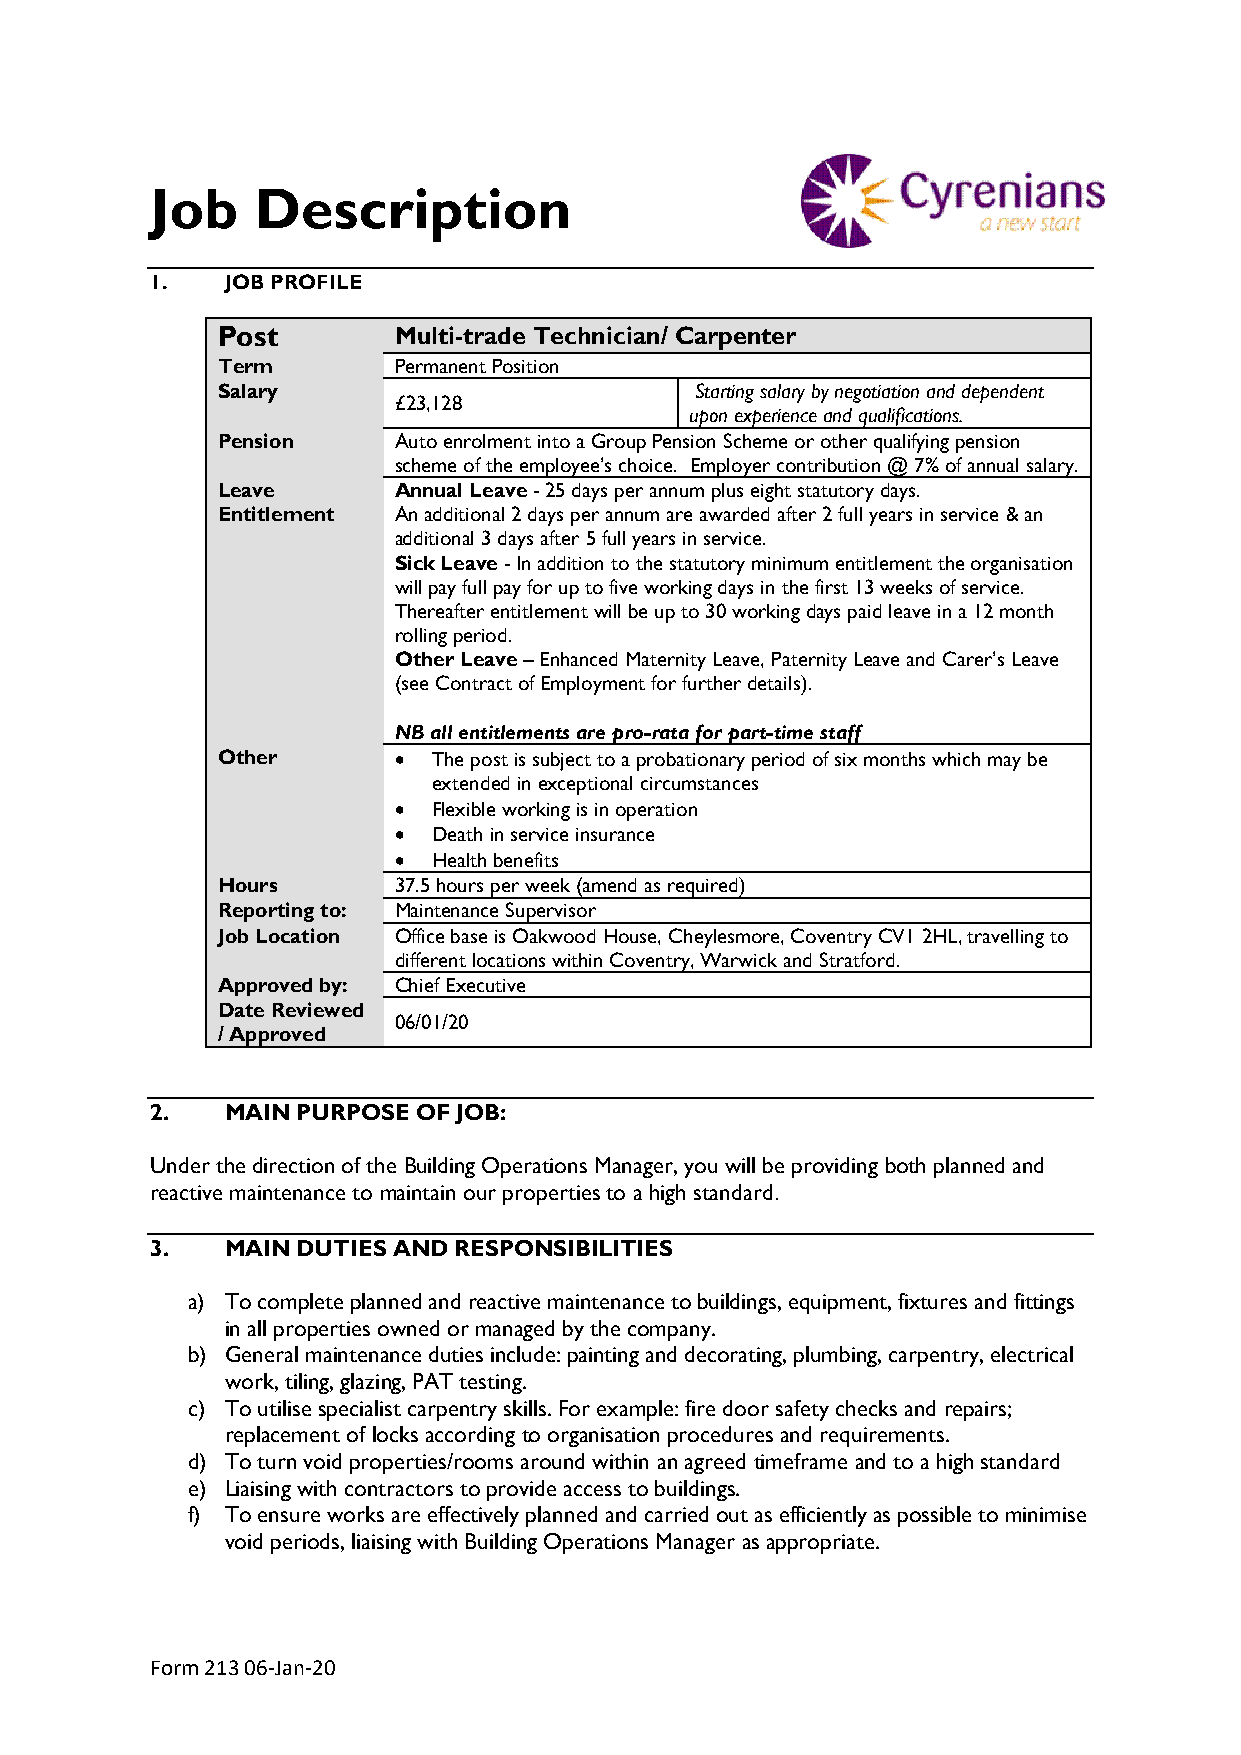
Job    Description
 1.   JOB PROFILE
 Post        Multi-trade Technician/ Carpenter
 Term        Permanent Position
 Salary                          Starting salary by negotiation and dependent
 £23,128
 upon experience and qualifications.
 Pension     Auto enrolment into a Group Pension Scheme or other qualifying pension
 scheme of the employee’s choice. Employer contribution @ 7% of annual salary.
 Leave       Annual Leave - 25 days per annum plus eight statutory days.
 Entitlement An additional 2 days per annum are awarded after 2 full years in service & an
 additional 3 days after 5 full years in service.
 Sick Leave - In addition to the statutory minimum entitlement the organisation
 will pay full pay for up to five working days in the first 13 weeks of service.
 Thereafter entitlement will be up to 30 working days paid leave in a 12 month
 rolling period.
 Other Leave – Enhanced Maternity Leave, Paternity Leave and Carer’s Leave
 (see Contract of Employment for further details).
 NB all entitlements are pro-rata for part-time staff
 Other       •  The post is subject to a probationary period of six months which may be
 extended in exceptional circumstances
 •  Flexible working is in operation
 •  Death in service insurance
 •  Health benefits
 Hours       37.5 hours per week (amend as required)
 Reporting to: Maintenance Supervisor
 Job Location Office base is Oakwood House, Cheylesmore, Coventry CV1 2HL, travelling to
 different locations within Coventry, Warwick and Stratford.
 Approved by: Chief Executive
 Date Reviewed
 06/01/20
 / Approved
 2.   MAIN PURPOSE OF JOB:
 Under the direction of the Building Operations Manager, you will be providing both planned and
 reactive maintenance to maintain our properties to a high standard.
 3.   MAIN DUTIES AND RESPONSIBILITIES
 a) To complete planned and reactive maintenance to buildings, equipment, fixtures and fittings
 in all properties owned or managed by the company.
 b) General maintenance duties include: painting and decorating, plumbing, carpentry, electrical
 work, tiling, glazing, PAT testing.
 c) To utilise specialist carpentry skills. For example: fire door safety checks and repairs;
 replacement of locks according to organisation procedures and requirements.
 d) To turn void properties/rooms around within an agreed timeframe and to a high standard
 e) Liaising with contractors to provide access to buildings.
 f) To ensure works are effectively planned and carried out as efficiently as possible to minimise
 void periods, liaising with Building Operations Manager as appropriate.
 Form 213 06-Jan-20